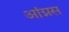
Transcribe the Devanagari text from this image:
आंग्नस